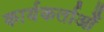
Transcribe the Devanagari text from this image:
कार्यकर्ताओँ